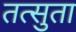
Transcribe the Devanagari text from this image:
तत्सुता